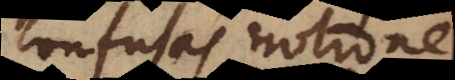
confusas notiones